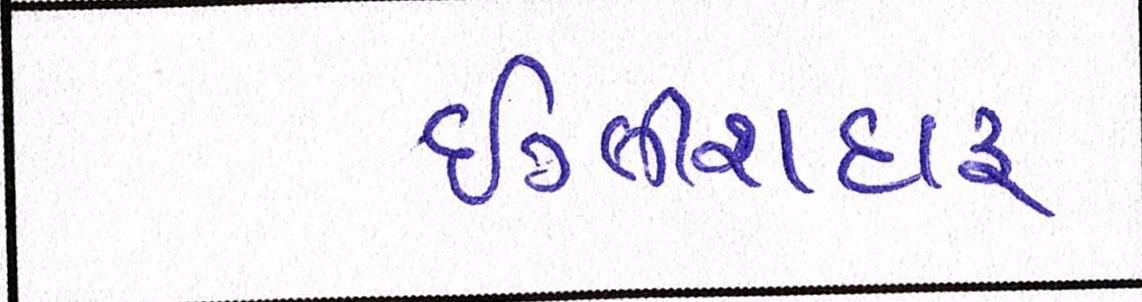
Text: ઇંગ્લીશદારૂ